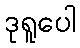
ဒုရူပေါ